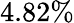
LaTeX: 4.82\%